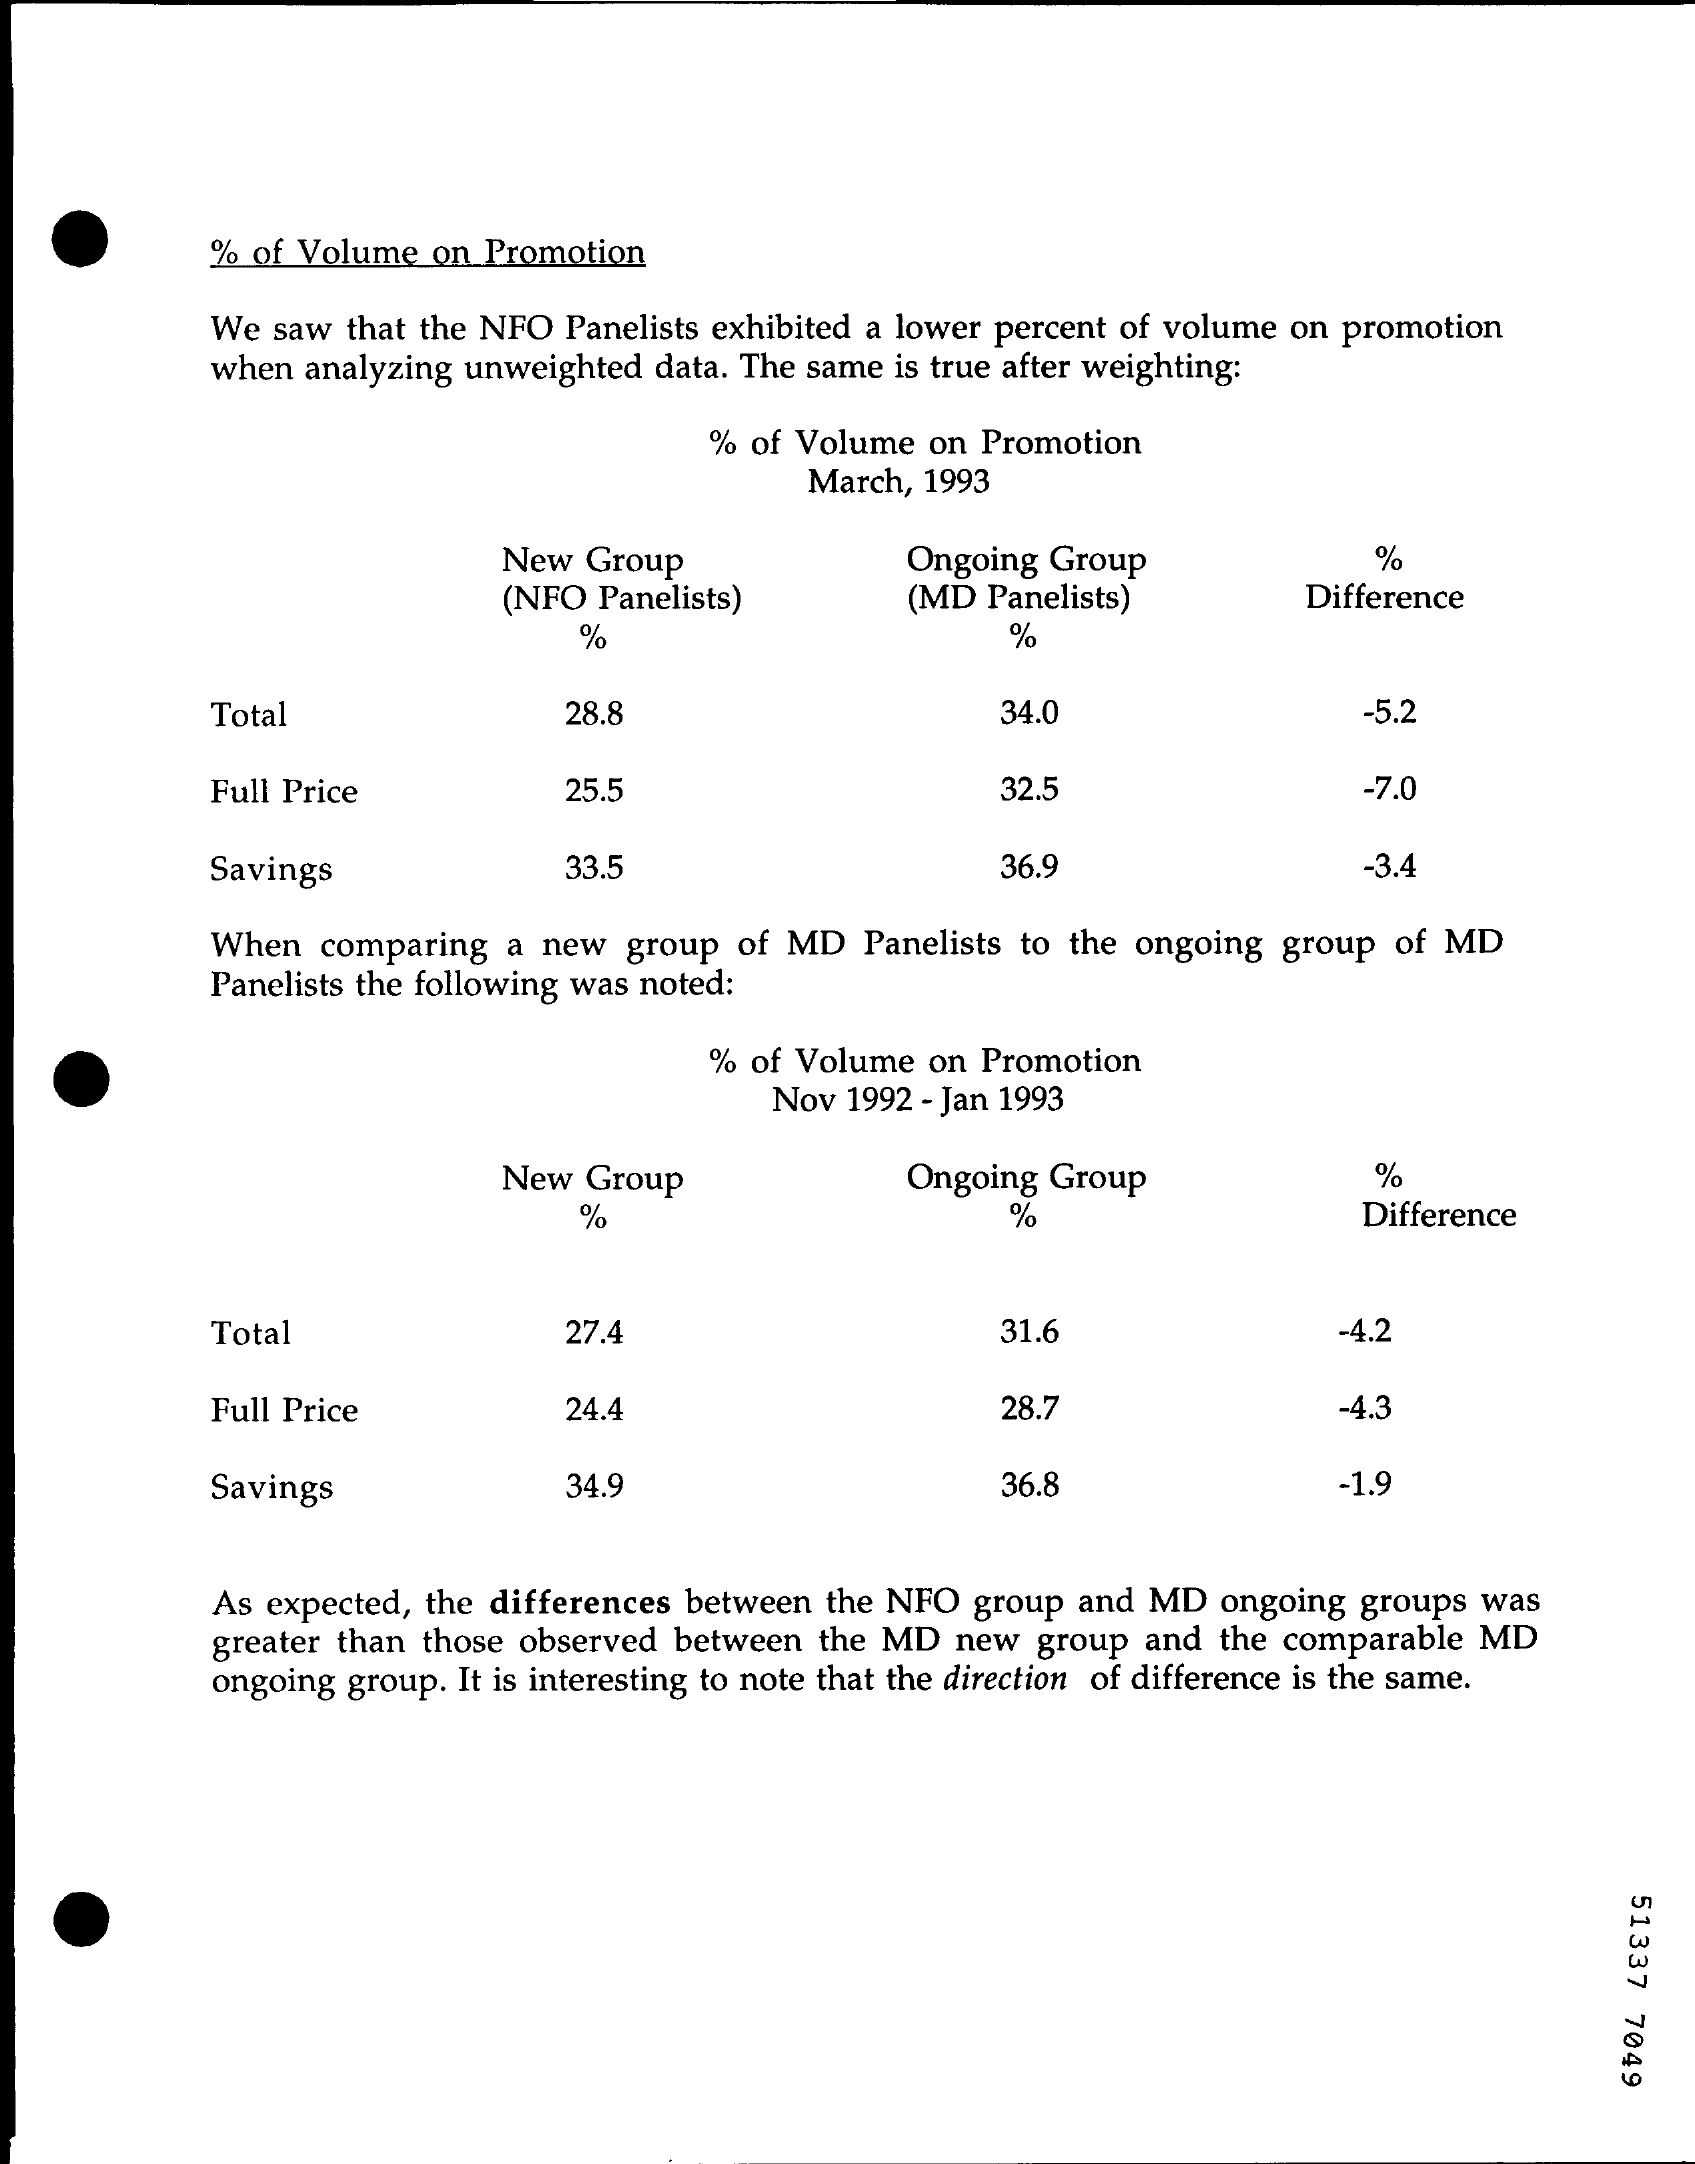
% of Volume on Promotion
     We  saw that the NFO Panelists exhibited a lower percent of volume on promotion
     when analyzing unweighted data. The same is true after weighting:
     % of Volume on Promotion
     March, 1993
     New Group    Ongoing Group    %
     (NFO Panelists)    (MD Panelists)    Difference
     %    %
     Total    28.8    34.0    -5.2
     Full Price    25.5    32.5    -7.0
     Savings    33.5    36.9    -3.4
     When  comparing  a new  group of MD  Panelists to the ongoing group of MD
     Panelists the following was noted:
     % of Volume on Promotion
     Nov 1992 - Jan 1993
     New Group    Ongoing Group    %
     %    %    Difference
     Total    27.4    31.6    -4.2
     Full Price    24.4    28.7    -4.3
     Savings    34.9    36.8    -1.9
     As expected, the differences between the NFO group and MD ongoing groups was
     greater than those observed between the MD new group and  the comparable MD
     ongoing group. It is interesting to note that the direction of difference is the same.
     51337
     7049